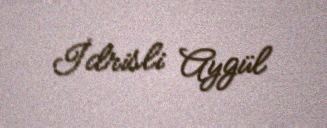
İdrisli Aygül